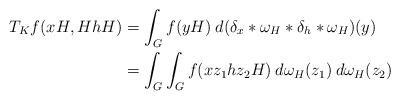
LaTeX: \begin{align*}T_Kf(xH,HhH)&= \int_G f(yH)\> d(\delta_x*\omega_H*\delta_h *\omega_H)(y)\\&=\int_G \int_Gf(xz_1hz_2H)\>d\omega_H (z_1)\>d\omega_H (z_2)\end{align*}